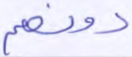
دونهم